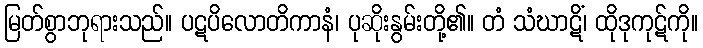
မြတ်စွာဘုရားသည်။ ပဋပိလောတိကာနံ၊ ပုဆိုးနွမ်းတို့၏။ တံ သံဃာဋိံ၊ ထိုဒုကုဋ်ကို။